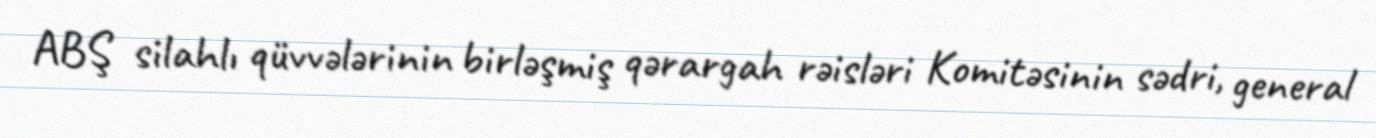
ABŞ silahlı qüvvələrinin birləşmiş qərargah rəisləri Komitəsinin sədri, general